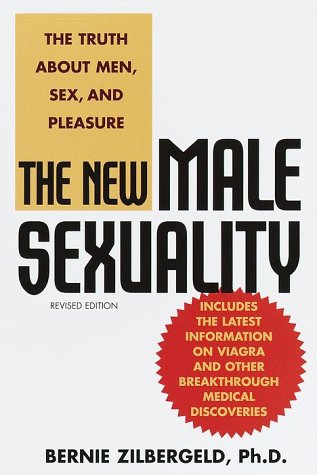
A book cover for The New Male Sexuality, Revised Edition; Bernie Zilbergeld; Health, Fitness & Dieting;